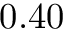
0 . 4 0